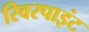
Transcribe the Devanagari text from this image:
रिवरपाइंट